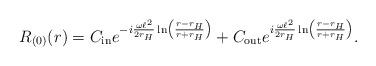
LaTeX: \begin{align*} R_{(0)}(r) = C_{{\rm in}} e^{-i\frac{\omega \ell^2}{2 r_{H}} \ln \left(\frac{r-r_{H}}{r+r_{H}}\right)} + C_{{\rm out}} e^{i\frac{\omega \ell^2}{2 r_{H}} \ln \left(\frac{r-r_{H}}{r+r_{H}}\right)}.\end{align*}